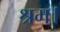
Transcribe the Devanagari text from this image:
श्रम।